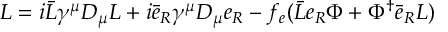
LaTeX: { \cal { L } } = i \bar { L } \gamma ^ { \mu } D _ { \mu } L + i \bar { e } _ { R } \gamma ^ { \mu } D _ { \mu } e _ { R } - f _ { e } ( \bar { L } e _ { R } \Phi + \Phi ^ { \dagger } { \bar { e } } _ { R } L )